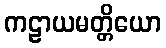
ကဠာယမတ္တိယော